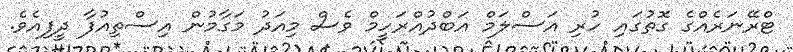
ޓްރޭނަރެއްގެ ގޮތުގައި ހުރި އަސްލަމް އަބްދުއްރަހީމް ވެސް މިއަދު މަގާމުން އިސްތިއުފާ ދީފިއެވެ.